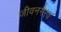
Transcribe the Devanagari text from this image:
जीवनगैरव